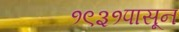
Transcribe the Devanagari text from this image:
१९३१पासून